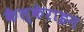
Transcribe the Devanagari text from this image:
कैल्‍केराइन